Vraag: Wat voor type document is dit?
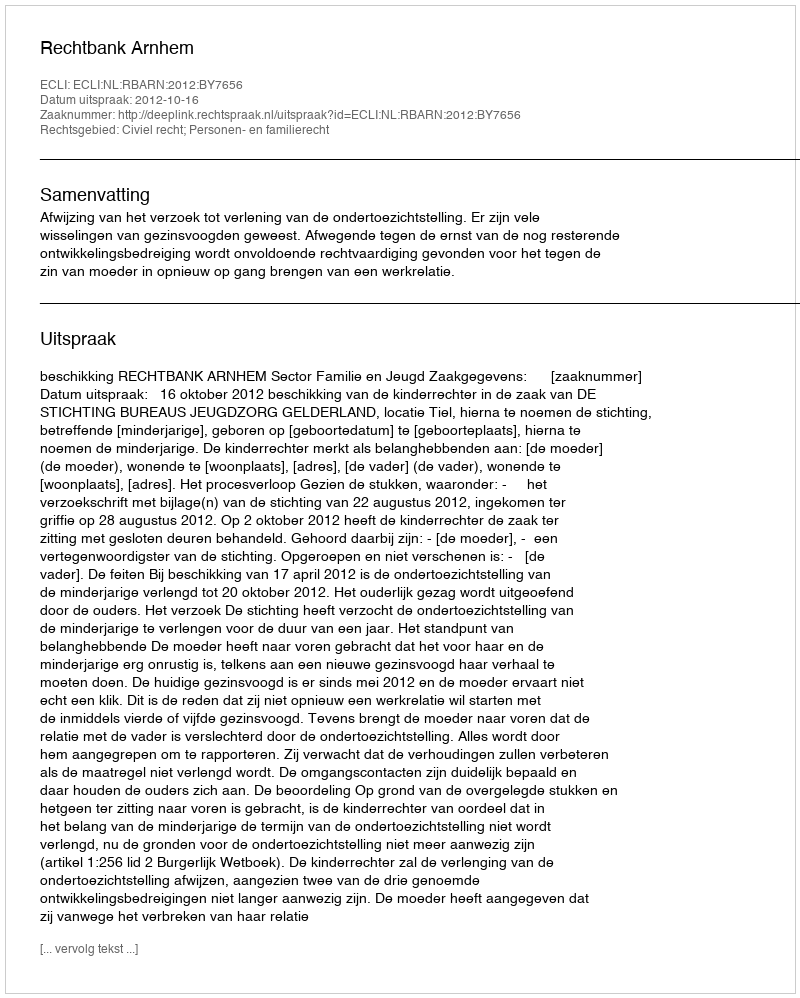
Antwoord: Uitspraak